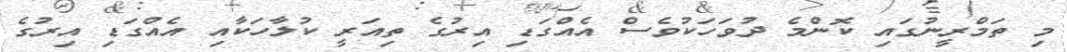
މި ތަމްރީނުގައި ކޮންމެ ދުވަހަކުވެސް އެއްގަޑި އިރުގެ ތިއަރީ ކުލާހަކާއި އެއްގަޑި އިރުގެ